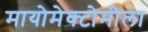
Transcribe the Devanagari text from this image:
मायोमेक्टोमीला